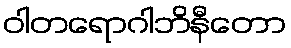
ဝါတရောဂါဘိနီတော